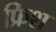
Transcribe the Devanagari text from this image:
फ्रिश